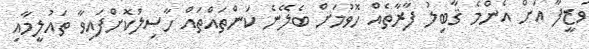
ވަޒީފާ އަށް އެންމެ ޤާބިލު ފާރާތެއް ހޮވުމަށް ބެލޭނެ ކަންތައްތައް ހާސިލުކޮށްފައިވާ ތައުލީމާއި